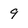
Character: 9